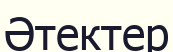
Әтектер